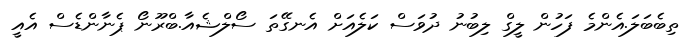
ތިބެބަލަ.އެންމެ ފަހުން ލީގް ލިބުނު ދުވަސް ކަލެއަށް އެނގޭތަ ސޯލްޝެއާ.ބްރޫނޯ ޕެނާންޑެސް އެއީ